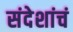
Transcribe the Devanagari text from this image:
संदेशांचं